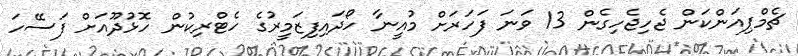
ޗެމްޕިއަންކަން ޖެހިޖެހިގެން 13 ވަނަ ފަހަރަށް މުއީނާ ހޯދައިފިޒަމީރުގެ ހެޓްރިކުން ހޮޅުދޫއަށް ފަސޭހަ